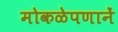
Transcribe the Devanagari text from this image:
मोकळेपणानें